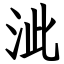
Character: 泚